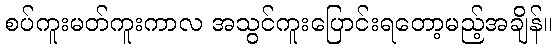
စပ်ကူးမတ်ကူးကာလ အသွင်ကူးပြောင်းရတော့မည့်အချိန်။